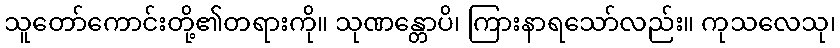
သူတော်ကောင်းတို့၏တရားကို။ သုဏန္တောပိ၊ ကြားနာရသော်လည်း။ ကုသလေသု၊